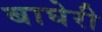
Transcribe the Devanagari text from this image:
बाघेरी